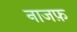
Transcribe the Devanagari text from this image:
नाजफ़